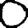
Digit: 0